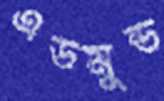
এডমুন্ড